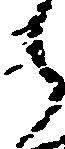
ら